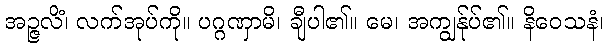
အဉ္ဇလိံ၊ လက်အုပ်ကို။ ပဂ္ဂဏှာမိ၊ ချီပါ၏။ မေ၊ အကျွန်ုပ်၏။ နိဝေသနံ၊